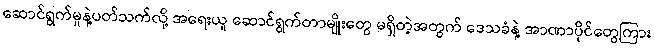
ဆောင်ရွက်မှုနဲ့ပတ်သက်လို့ အရေးယူ ဆောင်ရွက်တာမျိုးတွေ မရှိတဲ့အတွက် ဒေသခံနဲ့ အာဏာပိုင်တွေကြား